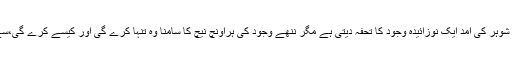
ہر مرتبہ شوہر کی آمد ایک نوزائیدہ وجود کا تحفہ دیتی ہے مگر ننھے وجود کی ہراونچ نیچ کا سامنا وہ تنہا کرے گی اور کیسے کرے گی،سے معلوم۔